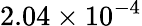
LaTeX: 2.04\times 10^{-4}